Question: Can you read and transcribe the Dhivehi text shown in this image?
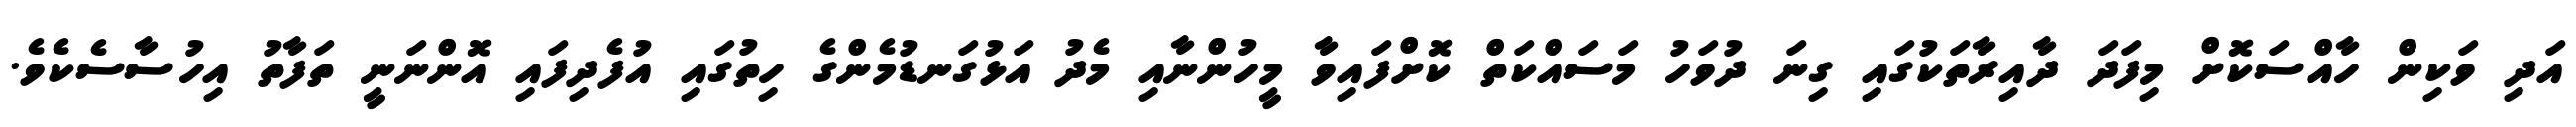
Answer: އަދި ވަކިން ހާއްސަކޮށް މިފަދަ ދާއިރާތަކުގައި ގިނަ ދުވަހު މަސައްކަތް ކޮށްފައިވާ މީހުންނާއި މެދު އަޅުގަނޑުމެންގެ ހިތުގައި އުފެދިފައި އޮންނަނީ ތަފާތު އިހުސާސެކެވެ.